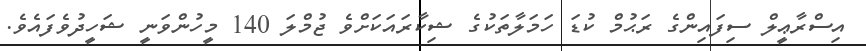
އިސްރާޢީލް ސިފައިންގެ ރަޙުމް ކުޑަ ހަމަލާތަކުގެ ޝިކާރައަކަށްވެ ޖުމްލަ 140 މީހުންވަނީ ޝަހީދުވެފައެވެ.